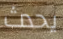
يحدث